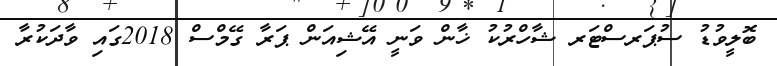
ބޮލީވުޑު ސުޕަރސްޓަރ ޝާހްރުކު ޚާން ވަނީ އޭޝިއަން ޕަރާ ގޭމްސް 2018ގައި ވާދަކުރާ